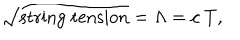
\sqrt { \mathrm { s t r i n g ~ t e n s i o n } } = \Lambda = c ~ T ,